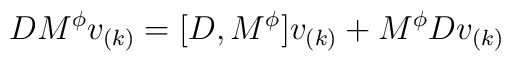
DM^{\phi }v_{(k)}=[D,M^{\phi }]v_{(k)}+M^{\phi }Dv_{(k)}